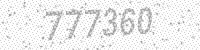
Solution: 777360